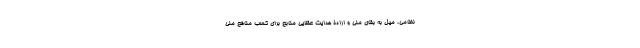
نظامی، میل به بقای ملی و ارادۀ هدایت عقلایی منابع برای کسب منافع ملی